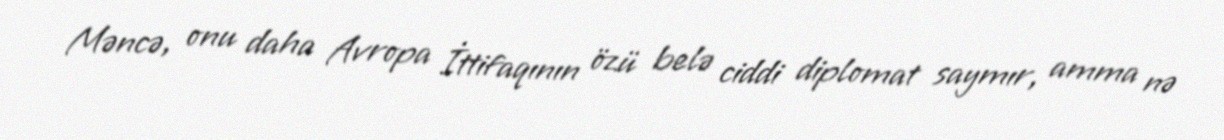
Məncə, onu daha Avropa İttifaqının özü belə ciddi diplomat saymır, amma nə